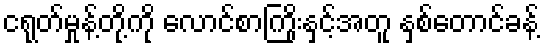
ငရုတ်မှုန့်တို့ကို လောင်စာကြိုးနှင့်အတူ နှစ်တောင်ခန့်